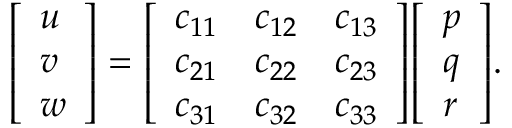
{ \left[ \begin{array} { l } { u } \\ { v } \\ { w } \end{array} \right] } = { \left[ \begin{array} { l l l } { c _ { 1 1 } } & { c _ { 1 2 } } & { c _ { 1 3 } } \\ { c _ { 2 1 } } & { c _ { 2 2 } } & { c _ { 2 3 } } \\ { c _ { 3 1 } } & { c _ { 3 2 } } & { c _ { 3 3 } } \end{array} \right] } { \left[ \begin{array} { l } { p } \\ { q } \\ { r } \end{array} \right] } .